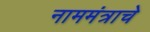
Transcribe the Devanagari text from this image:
नाममंत्राचे